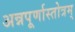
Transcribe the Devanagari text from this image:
अन्नपूर्णास्तोत्रम्